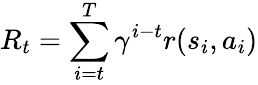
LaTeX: R_{t}=\sum_{i=t}^{T}\gamma^{i-t}r(s_{i},a_{i})